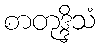
စာတုဒ္ဒိသံ